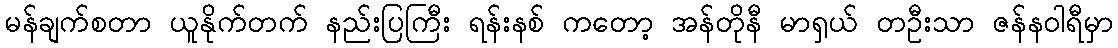
မန်ချက်စတာ ယူနိုက်တက် နည်းပြကြီး ရန်းနစ် ကတော့ အန်တိုနီ မာရှယ် တဦးသာ ဇန်နဝါရီမှာ